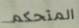
المتحكم